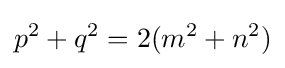
p^{2}+q^{2}=2(m^{2}+n^{2})